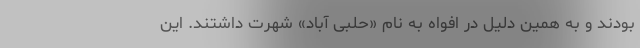
بودند و به همین دلیل در افواه به نام «حلبی آباد» شهرت داشتند. این